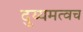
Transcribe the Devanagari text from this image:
दुय्यमत्वच